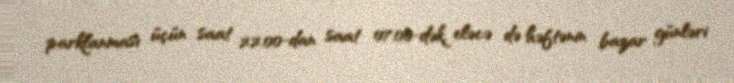
parklanması üçün saat 22:00-dan saat 07:00-dək, eləcə də həftənin bazar günləri